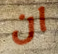
ان